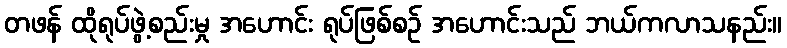
တဖန် ထိုရုပ်ဖွဲ့စည်းမှု အဟောင်း ရုပ်ဖြစ်စဉ် အဟောင်းသည် ဘယ်ကလာသနည်း။